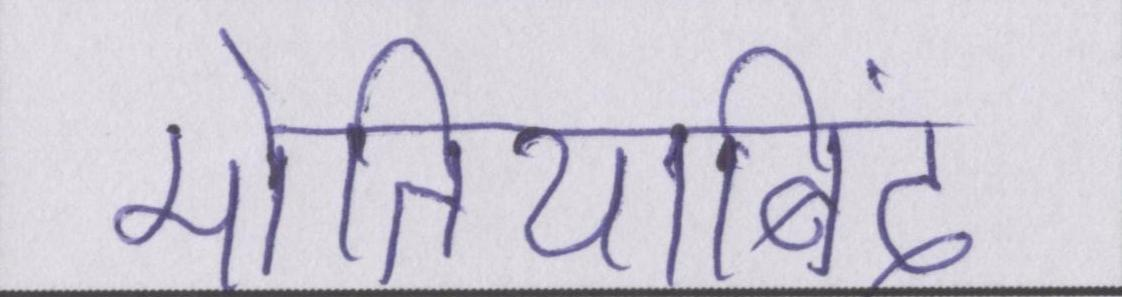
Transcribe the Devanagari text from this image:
मोतियाबिंद